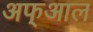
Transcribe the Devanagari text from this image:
अफ्आल